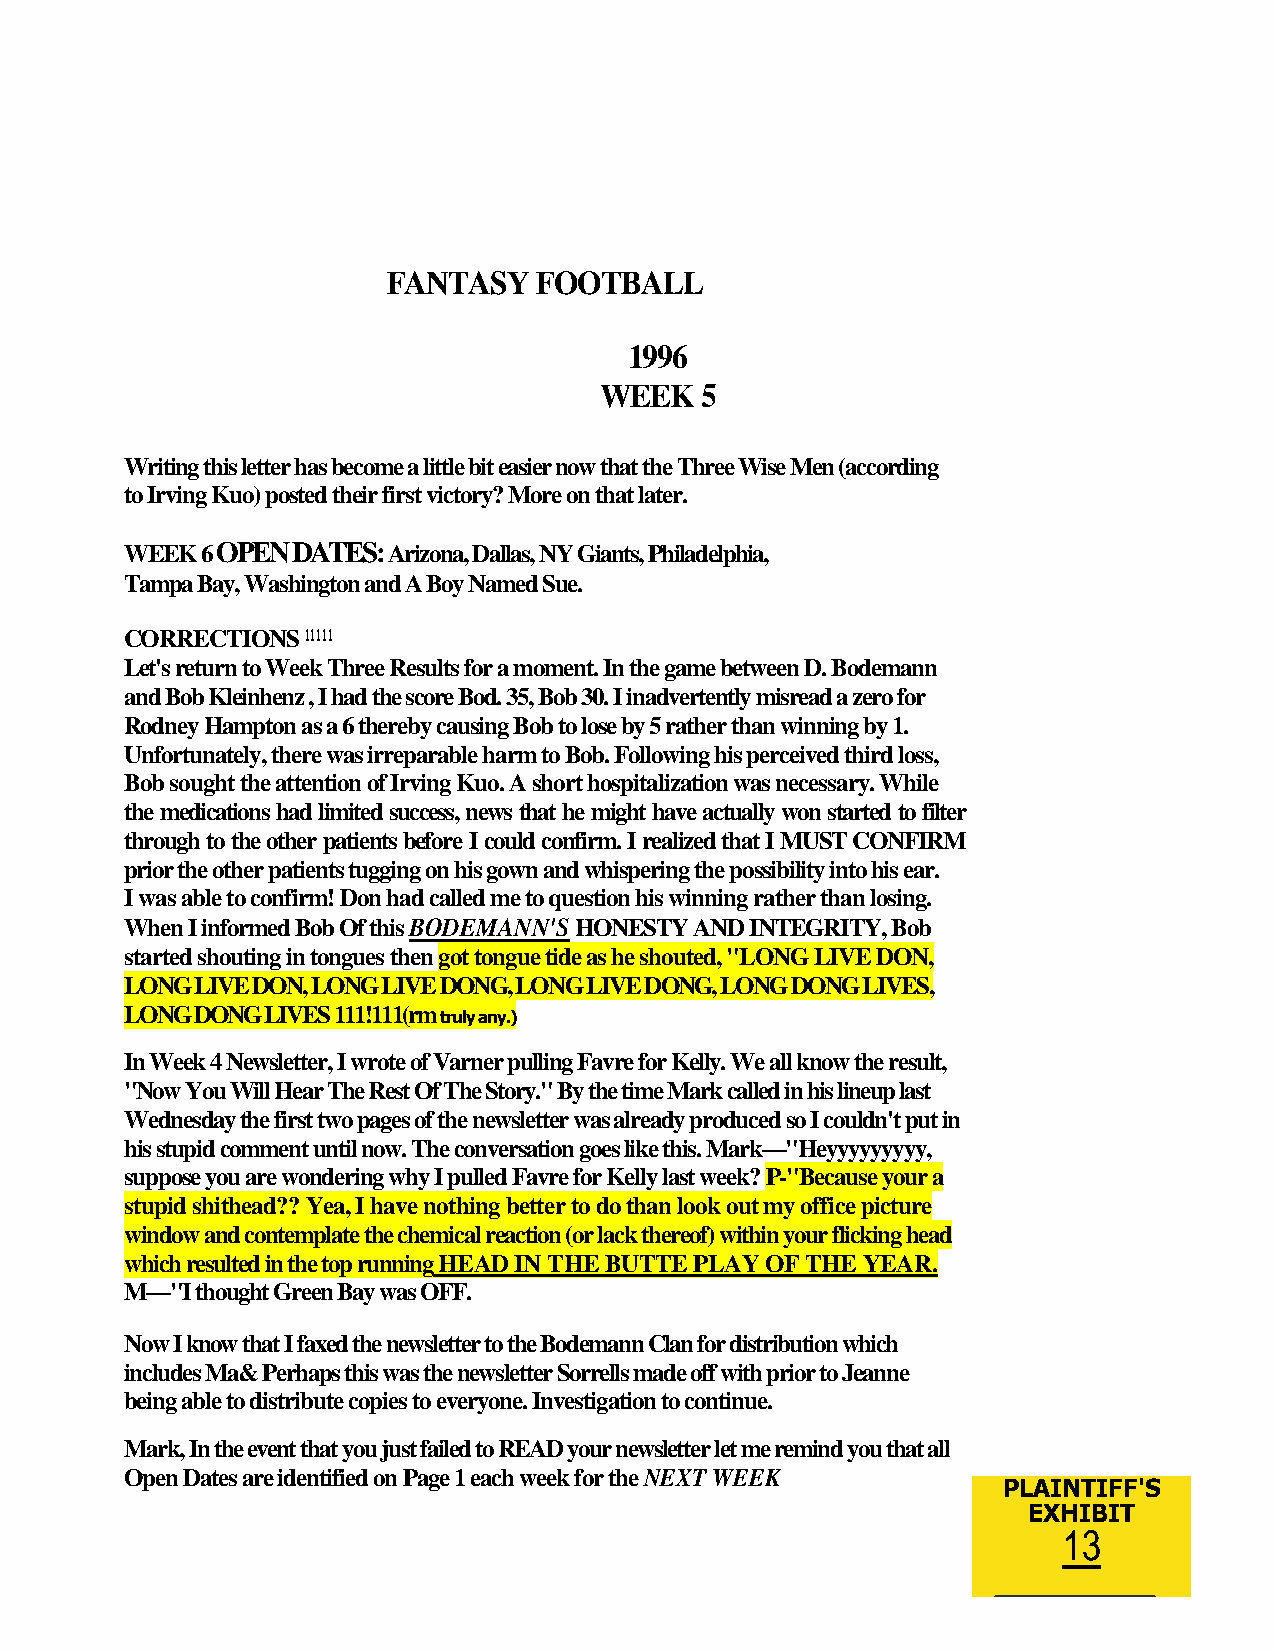
FANTASY  FOOTBALL
 1996
 WEEK  5
 Writing this letter has become a little bit easier now that the Three Wise Men (according
 to Irving Kuo) posted their first victory? More on that later.
 WEEK 6 OPEN DATES: Arizona, Dallas, NY Giants, Philadelphia,
 Tampa Bay, Washington and A Boy Named Sue.
 CORRECTIONS 11111
 Let's return to Week Three Results for a moment. In the game between D. Bodemann
 and Bob Kleinhenz , I had the score Bod. 35, Bob 30. I inadvertently misread a zero for
 Rodney Hampton as a 6 thereby causing Bob to lose by 5 rather than winning by 1.
 Unfortunately, there was irreparable harm to Bob. Following his perceived third loss,
 Bob sought the attention of Irving Kuo. A short hospitalization was necessary. While
 the medications had limited success, news that he might have actually won started to filter
 through to the other patients before I could confirm. I realized that I MUST CONFIRM
 prior the other patients tugging on his gown and whispering the possibility into his ear.
 I was able to confirm! Don had called me to question his winning rather than losing.
 When I informed Bob Of this BODEMANN'S HONESTY AND INTEGRITY, Bob
 started shouting in tongues then got tongue tide as he shouted, "LONG LIVE DON,
 LONG LIVE DON, LONG LIVE DONG, LONG LIVE DONG, LONG DONG LIVES,
 LONG DONG LIVES 111!111(rm
 truly any.)
 In Week 4 Newsletter, I wrote of Varner pulling Favre for Kelly. We all know the result,
 "Now You Will Hear The Rest Of The Story." By the time Mark called in his lineup last
 Wednesday the first two pages of the newsletter was already produced so I couldn't put in
 his stupid comment until now. The conversation goes like this. Mark—"Heyyyyyyyyy,
 suppose you are wondering why I pulled Favre for Kelly last week? P-"Because your a
 stupid shithead?? Yea, I have nothing better to do than look out my office picture
 window and contemplate the chemical reaction (or lack thereof) within your flicking head
 which resulted in the top running HEAD IN THE BUTTE PLAY OF THE YEAR.
 M—"I thought Green Bay was OFF.
 Now I know that I faxed the newsletter to the Bodemann Clan for distribution which
 includes Ma& Perhaps this was the newsletter Sorrells made off with prior to Jeanne
 being able to distribute copies to everyone. Investigation to continue.
 Mark, In the event that you just failed to READ your newsletter let me remind you that all
 Open Dates are identified on Page 1 each week for the NEXT WEEK
 PLAINTIFF'S
 EXHIBIT
 13